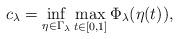
LaTeX: \begin{align*}c_\lambda=\inf_{\eta\in\Gamma_\lambda}\max_{t\in [0,1]}\Phi_\lambda(\eta(t)),\end{align*}